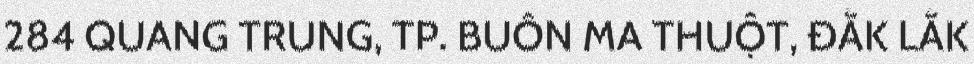
284 QUANG TRUNG, TP. BUÔN MA THUỘT, ĐẮK LẮK